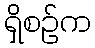
ရှိစဉ်က